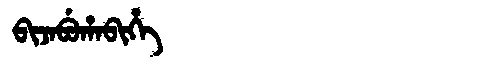
Manchu: ᠪᡳᠵᠠᠪᡠᡥᠠᠪᡳᡥᡝ
Romanization: BIJABUHABIHE